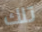
تلك